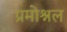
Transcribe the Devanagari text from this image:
प्रमोश्नल